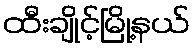
ထီးချိုင့်မြို့နယ်